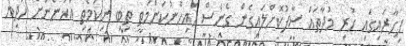
ފިހާރައިގައި ހުރި މުދާތައް ސާފުކޮށްލައިގެން ގެނެސް ހައިހޫނުކަންމަތީ ތިބި ނިކަމެތި އަޚުންނަށް ހަދިޔާ